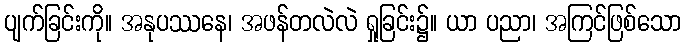
ပျက်ခြင်းကို။ အနုပဿနေ၊ အဖန်တလဲလဲ ရှုခြင်း၌။ ယာ ပညာ၊ အကြင်ဖြစ်သော